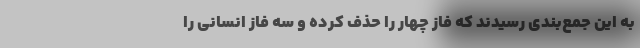
به این جمع‌بندی رسیدند که فاز چهار را حذف کرده و سه فاز انسانی را